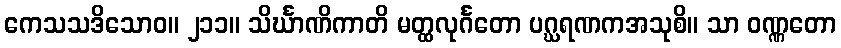
ကေသသဒိသောဝ။ ၂၁၁။ သိင်္ဃာဏိကာတိ မတ္ထလုင်္ဂတော ပဂ္ဃရဏကအသုစိ။ သာ ဝဏ္ဏတော